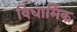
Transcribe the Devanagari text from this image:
विधार्मिक